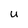
Character: U